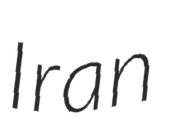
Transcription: Iran